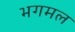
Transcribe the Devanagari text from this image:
भगमल